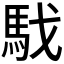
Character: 𩢅